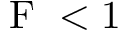
\textup { F } < 1